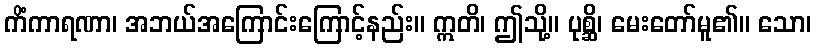
ကိံကာရဏာ၊ အဘယ်အကြောင်းကြောင့်နည်း။ ဣတိ၊ ဤသို့။ ပုစ္ဆိ၊ မေးတော်မူ၏။ သော၊